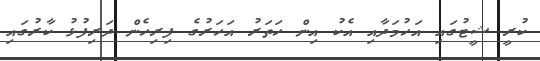
ކުރީ ޝީޓުގައި އަހުމަދާއި އެކު އިން ހަތަރު އަހަރުގެ ފިރިހެން ދަރިފުޅު ކާރުގައި